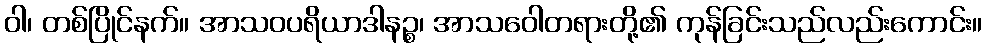
ဝါ၊ တစ်ပြိုင်နက်။ အာသဝပရိယာဒါနဉ္စ၊ အာသဝေါတရားတို့၏ ကုန်ခြင်းသည်လည်းကောင်း။